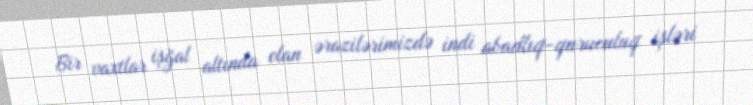
Bir vaxtlar işğal altında olan ərazilərimizdə indi abadlıq-quruculuq işləri